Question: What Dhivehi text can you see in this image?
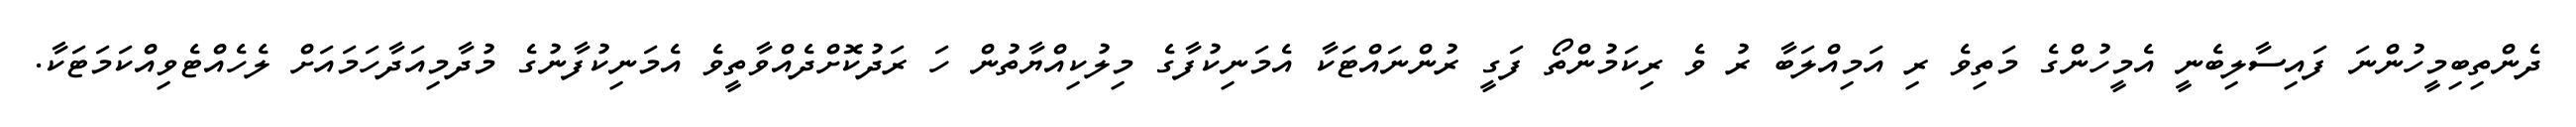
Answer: ދެންތިބިމީހުންނަ ފައިސާލިބެނީ އެމީހުންގެ މަތިވެ ރި އަމިއްލަބާ ރު ވެ ރިކަމުންތޯ ފަގީ ރުންނައްޓަކާ އެމަނިކުފާގެ މިލުކިއްޔާތުން ހަ ރަދުކޮށްދެއްވާތީވެ އެމަނިކުފާނުގެ މުދާމިއަދާހަމައަށް ލެހެއްޓެވިއްކަމަޓަކާ.